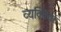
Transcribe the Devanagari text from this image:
व्‍यक्‍ितयों